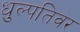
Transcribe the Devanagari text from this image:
धुल्पतिवर